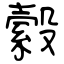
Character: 縠